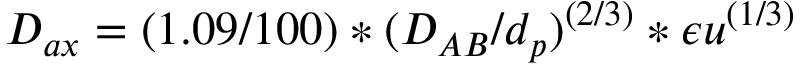
D _ { a x } = ( 1 . 0 9 / 1 0 0 ) * ( D _ { A B } / d _ { p } ) ^ { ( 2 / 3 ) } * \epsilon u ^ { ( 1 / 3 ) }